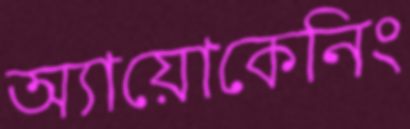
অ্যায়োকেনিং